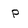
Character: p